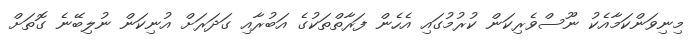
މިނިވަންކަމާއެކު ނޫސްވެރިކަން ކުރުމުގައި އެހެން ފަރާތްތަކުގެ އަބުރާއި ގަދަރަށް އުނިކަން ނުލިބޭނެ ގޮތަށް